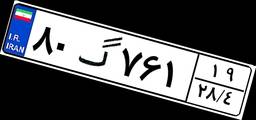
۳۴گ۶۶۵۷۴